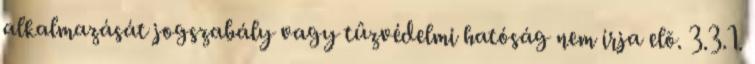
alkalmazását jogszabály vagy tûzvédelmi hatóság nem írja elõ. 3.3.1.